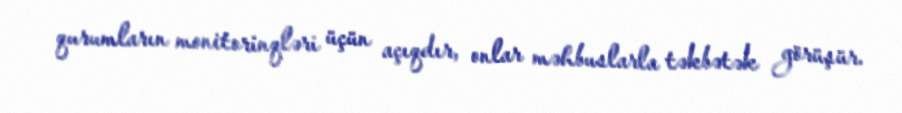
qurumların monitorinqləri üçün açıqdır, onlar məhbuslarla təkbətək görüşür.